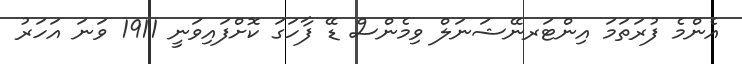
އެންމެ ފުރަތަމަ އިންޓަރނޭޝަނަލް ވިމެންސް ޑޭ ފާހަގަ ކޮށްފައިވަނީ 1911 ވަނަ އަހަރު